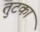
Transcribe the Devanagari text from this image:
तुटका